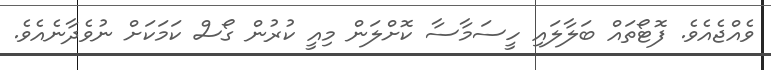
ވެއްޖެއެވެ. ފޮޓޯތައް ބަލާލައި ހީސަމާސާ ކޮށްލަން މިއީ ކުރުން ގޯސް ކަމަކަށް ނުވެދާނެއެވެ.